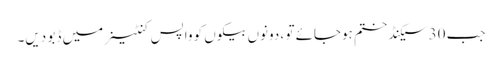
جب 30 سیکنڈ ختم ہوجائے تو ، دونوں بیکوں کو واپس کنٹینر میں ڈبو دیں۔